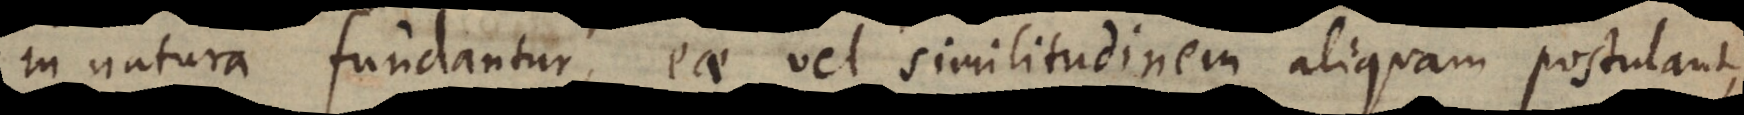
in natura fundantur, eae vel similitudinem aliquam postulant,